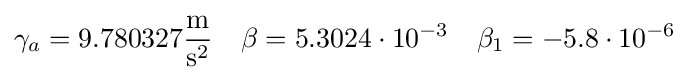
\gamma _{a}=9{.}780327{\frac {\mathrm {m} }{\mathrm {s} ^{2}}}\quad \beta =5{.}3024\cdot 10^{-3}\quad \beta _{1}=-5{.}8\cdot 10^{-6}